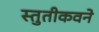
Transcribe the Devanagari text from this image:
स्तुतीकवने